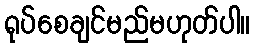
ရုပ်စေချင်မည်မဟုတ်ပါ။